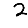
Digit: 2